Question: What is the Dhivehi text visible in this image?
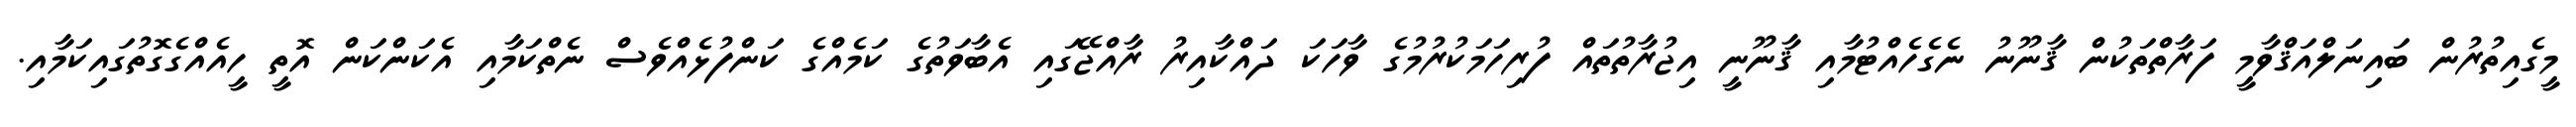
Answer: މީގެއިތުރުން ބައިނަލްއަޤްވާމީ ފަރާތްތަކުން ޤާނޫނު ނެގެހެއްޓުމާއި ޤާނޫނީ އިޖުރާތުތައް ފުރިހަމަކުރުމުގެ ވާހަކަ ދައްކާއިރު ރާއްޖޭގައި އެބާވަތުގެ ކަމެއްގެ ކަންފުޅެއްވެސް ނެތްކަމާއި އެކަންކަން އޮތީ ހީއެއްގެގޮތުގައިކަމާއި.